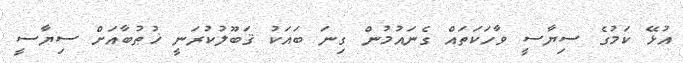
އުޅޭ ކަމުގެ ސިޔާސީ ވާހަކަތައް ގެނައުމުން ގިނަ ބައަކު ޤަބޫލުކުރަނީ ޚުޠުބާއަށް ސިޔާސީ